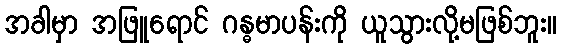
အခါမှာ အဖြူရောင် ဂန္ဓမာပန်းကို ယူသွားလို့မဖြစ်ဘူး။